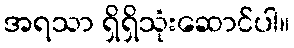
အရသာ ရှိရှိသုံးဆောင်ပါ။